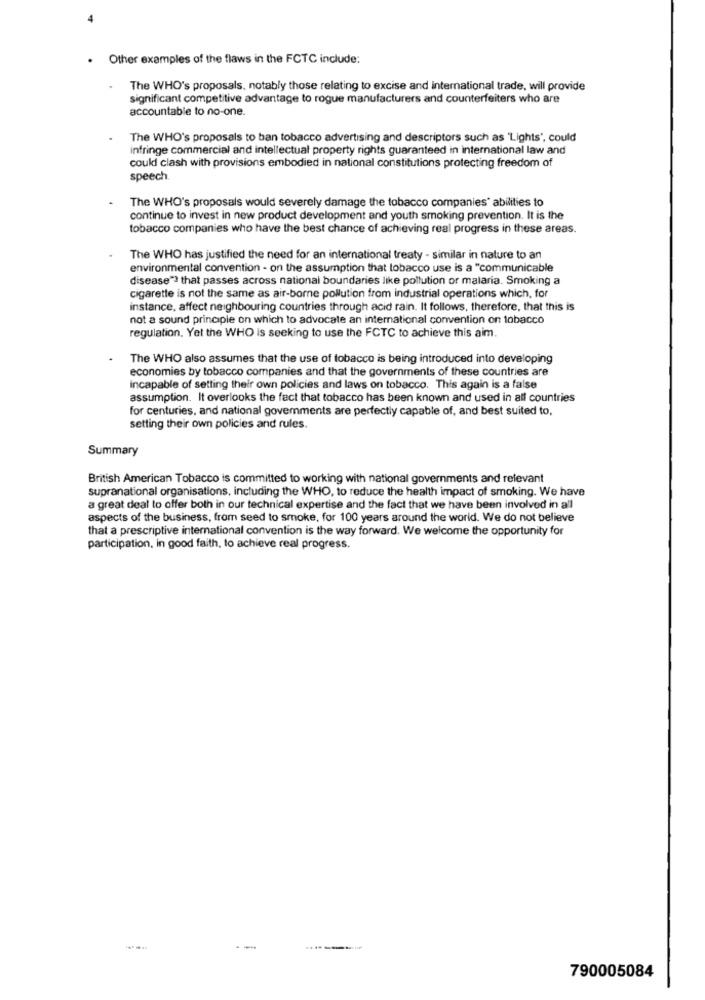
. Other examples of the flaws in the FCTC include:
The WHO's proposals, notably those relating to excise and international trade, will provide
significant competitive advantage to rogue manufacturers and counterfeiters who are
accountable to no-one.
The WHO's proposals to ban tobacco advertising and descriptors such as 'Lights', could
infringe commercial and intellectual property rights guaranteed in international law and
could clash with provisions embodied in national constitutions protecting freedom of
speech.
The WHO's proposals would severely damage the tobacco companies" abilities to
continue to invest in new product development and youth smoking prevention. It is the
tobacco companies who have the best chance of achieving real progress in these areas.
The WHO has justified the need for an international treaty - similar in nature to an
environmental convention - on the assumption that tobacco use is a "communicable
disease"? that passes across national boundaries like pollution or malaria. Smoking a
cigarette is not the same as air-borne pollution from industrial operations which, for
instance, affect neighbouring countries through acid rain. It follows, therefore, that this is
not a sound principle on which to advocate an international convention on tobacco
regulation. Yet the WHO is seeking to use the FCTC to achieve this aim.
The WHO also assumes that the use of tobacco is being introduced into developing
economies by tobacco companies and that the governments of these countries are
incapable of setting their own policies and laws on tobacco. This again is a false
assumption. It overlooks the fact that tobacco has been known and used in all countries
for centuries, and national governments are perfectly capable of, and best suited to,
setting their own policies and rules.
Summary
British American Tobacco is committed to working with national governments and relevant
supranational organisations, including the WHO, to reduce the health impact of smoking. We have
a great deal to offer both in our technical expertise and the fact that we have been involved in all
aspects of the business, from seed to smoke, for 100 years around the world. We do not believe
that a prescriptive international convention is the way forward. We welcome the opportunity for
participation, in good faith, to achieve real progress.
790005084